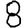
Digit: 8